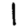
Digit: 1